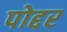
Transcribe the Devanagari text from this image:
पोद्दर